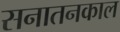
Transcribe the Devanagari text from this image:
सनातनकाल